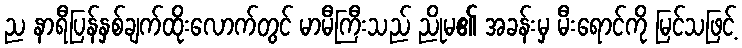
ည နာရီပြန်နှစ်ချက်ထိုးလောက်တွင် မာမီကြီးသည် ညိုမ၏ အခန်းမှ မီးရောင်ကို မြင်သဖြင့်